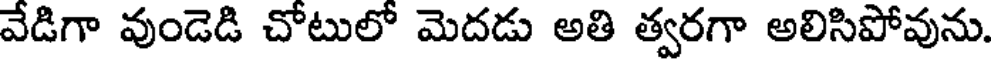
వేడిగా వుండెడి చోటులో మెదడు అతి త్వరగా అలిసిపోవును.